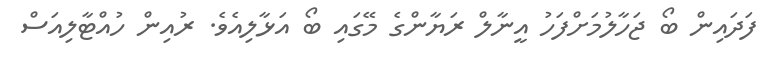
ފަދައިން ބޯ ޖަހާލުމަށްފަހު އީނާލް ރަޔާންގެ މޭގައި ބޯ އަޅާލިއެވެ. ރުއިން ހުއްޓާލިއަސް